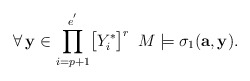
\begin{align*}\forall\,\mathbf{y}\in\displaystyle{\prod_{i=p+1}^{e^{'}}}\big{[}Y_i^*\big{]}^r\,\,\,M\models\sigma_1(\mathbf{a},\mathbf{y}).\end{align*}